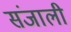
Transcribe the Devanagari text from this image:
संजाली